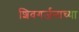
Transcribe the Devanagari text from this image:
शिवगर्जनाच्या